Indian journal of veterinary science and animal husbandry - Volumes 15-17, 1948-1951
Year: 1948
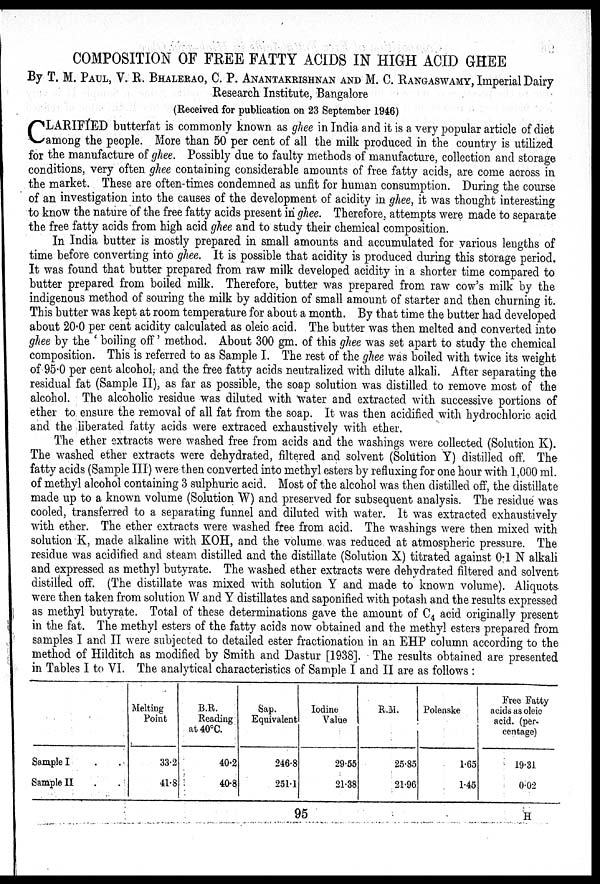
COMPOSITION OF FREE FATTY ACIDS IN HIGH ACID GHEE
By T. M. PAUL, V. R. BHALERAO, C. P. ANANTAKRI SHNAN AND M. C. RANGASWAMY, Imperial Dairy
Research Institute, Bangalore
(Received for publication on 23 September 1946)
C LARIFIED butterfat is commonly known as ghee in India and it is a very popular article of diet
among the people. More than 50 per cent of all the milk produced in the country is utilized
for the manufacture of ghee. Possibly due to faulty methods of manufacture, collection and storage
conditions, very often ghee containing considerable amounts of free fatty acids, are come across in
the market. These are often-times condemned as unfit for human consumption. During the course
of an investigation into the causes of the development of acidity in ghee, it was thought interesting
to know the nature of the free fatty acids present in ghee. Therefore, attempts were made to separate
the free fatty acids from high acid ghee and to study their chemical composition.
In India butter is mostly prepared in small amounts and accumulated for various lengths of
time before converting into ghee. It is possible that acidity is produced during this storage period.
It was found that butter prepared from raw milk developed acidity in a shorter time compared to
butter prepared from boiled milk. Therefore, butter was prepared from raw cow's milk by the
indigenous method of souring the milk by addition of small amount of starter and then churning it.
This butter was kept at room temperature for about a month. By that time the butter had developed
about 20.0 per cent acidity calculated as oleic acid. The butter was then melted and converted into
ghee by the 'boiling off' method. About 300 gm. of this ghee was set apart to study the chemical
composition. This is referred to as Sample I. The rest of the ghee was boiled with twice its weight
of 95.0 per cent alcohol, and the free fatty acids neutralized with dilute alkali. After separating the
residual fat (Sample II), as far as possible, the soap solution was distilled to remove most of the
alcohol. The alcoholic residue was diluted with water and extracted with successive portions of
ether to ensure the removal of all fat from the soap. It was then acidified with hydrochloric acid
and the liberated fatty acids were extraced exhaustively with ether.
The ether extracts were washed free from acids and the washings were collected (Solution K).
The washed ether extracts were dehydrated, filtered and solvent (Solution Y) distilled off. The
fatty acids (Sample III) were then converted into methyl esters by refluxing for one hour with 1,000 ml.
of methyl alcohol containing 3 sulphuric acid. Most of the alcohol was then distilled off, the distillate
made up to a known volume (Solution W) and preserved for subsequent analysis. The residue was
cooled, transferred to a separating funnel and diluted with water. It was extracted exhaustively
with ether. The ether extracts were washed free from acid. The washings were then mixed with
solution K, made alkaline with KOH, and the volume was reduced at atmospheric pressure. The
residue was acidified and steam distilled and the distillate (Solution X) titrated against 0.1 N alkali
and expressed as methyl butyrate. The washed ether extracts were dehydrated filtered and solvent
distilled off. (The distillate was mixed with solution Y and made to known volume). Aliquots
were then taken from solution W and Y distillates and saponified with potash and the results expressed
as methyl butyrate. Total of these determinations gave the amount of C 4 acid originally present
in the fat. The methyl esters of the fatty acids now obtained and the methyl esters prepared from
samples I and II were subjected to detailed ester fractionation in an EHP column according to the
method of Hilditch as modified by Smith and Dastur [1938]. The results obtained are presented
in Tables I to VI. The analytical characteristics of Sample I and II are as follows:
Sample I
Sample II
Melting
Point
33.2
41.8
B.R.
Reading
at 40°C.
40.2
40.8
Sap.
Equivalent
246.8
251.1
Iodine
Value
29.55
21.38
R.M.
25.85
21.96
Polenske
1.65
1.45
Free Fatty
acids as oleic
acid. (per-
centage)
19.31
0.02
95
H